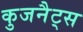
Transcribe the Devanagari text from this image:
कुजनैट्स